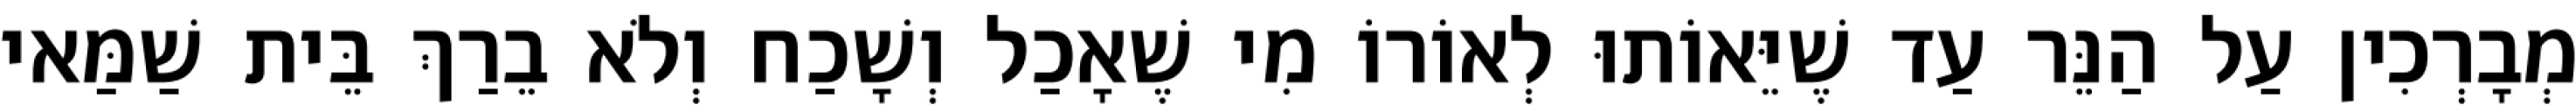
מְבָרְכִין עַל הַנֵּר עַד שֶׁיֵּאוֹתוּ לְאוֹרוֹ מִי שֶׁאָכַל וְשָׁכַח וְלֹא בֵרַךְ בֵּית שַׁמַּאי